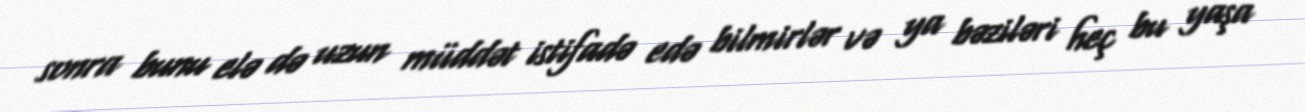
sonra bunu elə də uzun müddət istifadə edə bilmirlər və ya bəziləri heç bu yaşa